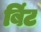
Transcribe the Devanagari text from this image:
बिंट